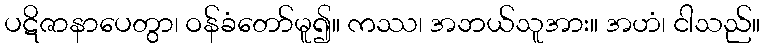
ပဋိဇာနာပေတွာ၊ ဝန်ခံတော်မူ၍။ ကဿ၊ အဘယ်သူအား။ အဟံ၊ ငါသည်။